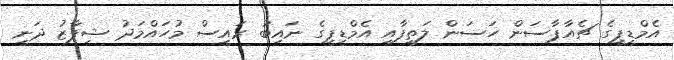
އެމްޑީޕީގެ ޗެއާޕާސަން ހަސަން ލަތީފާއި އެމްޑީޕީގެ ނައިބު ރައީސް މުހައްމަދު ޝިފާޒު ދަނީ